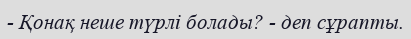
- Қонақ неше түрлі болады? - деп сұрапты.